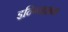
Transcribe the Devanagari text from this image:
इन्ग्निशन